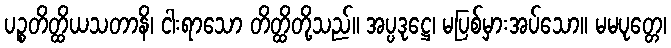
ပဉ္စတိတ္ထိယသတာနိ၊ ငါးရာသော တိတ္ထိတို့သည်။ အပ္ပဒုဋ္ဌေ၊ မပြစ်မှားအပ်သော။ မမပုတ္တေ၊